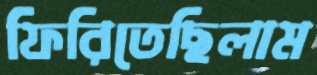
ফিরিতেছিলাম